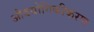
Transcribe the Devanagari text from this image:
औदयोगिकीकरण